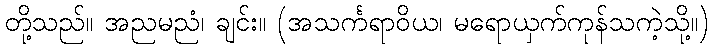
တို့သည်။ အညမညံ၊ ချင်း။ (အသင်္ကရာဝိယ၊ မရောယှက်ကုန်သကဲ့သို့။)